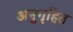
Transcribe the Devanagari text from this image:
अनुगृहित